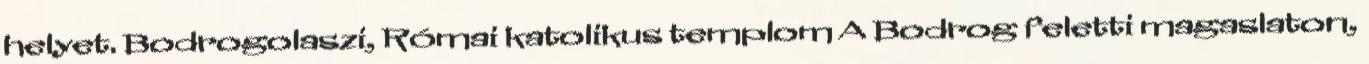
helyet. Bodrogolaszi, Római katolikus templom A Bodrog feletti magaslaton,